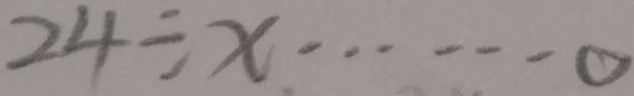
2 4 \div x \cdots 0